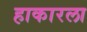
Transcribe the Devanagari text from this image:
हाकारला